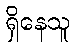
ရှိနေသူ